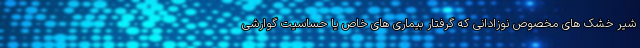
شیر خشک های مخصوص نوزادانی که گرفتار بیماری های خاص یا حساسیت گوارشی